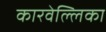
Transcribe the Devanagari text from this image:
कारवेल्लिका